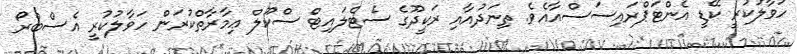
ހަވާލުކުރީ ކޭޑީ އެންޓަޕްރައިސަސްއާއެވެ. ތިނަދުއާއި ރަކީދޫގެ ސެޓެލައިޓް ސްކޫލް ޢިމާރާތްކުރަން ހަވާލުކުރީ އެސްބްރޯ